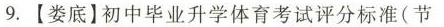
9.【娄底】初中毕业升学体育考试评分标准(节